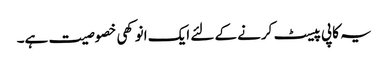
یہ کاپی پیسٹ کرنے کے لئے ایک انوکھی خصوصیت ہے۔